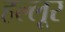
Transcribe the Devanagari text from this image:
हल्लूर